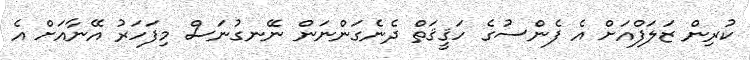
ކުރިން ޒަލަފްއަށް އެ ފެންސުގެ ހަޤީޤަތް ދެނެގަންނަން ނޭނގުނަސް މިފަހަރު އޭނާއަށް އެ